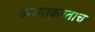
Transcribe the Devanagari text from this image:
करताकरताच